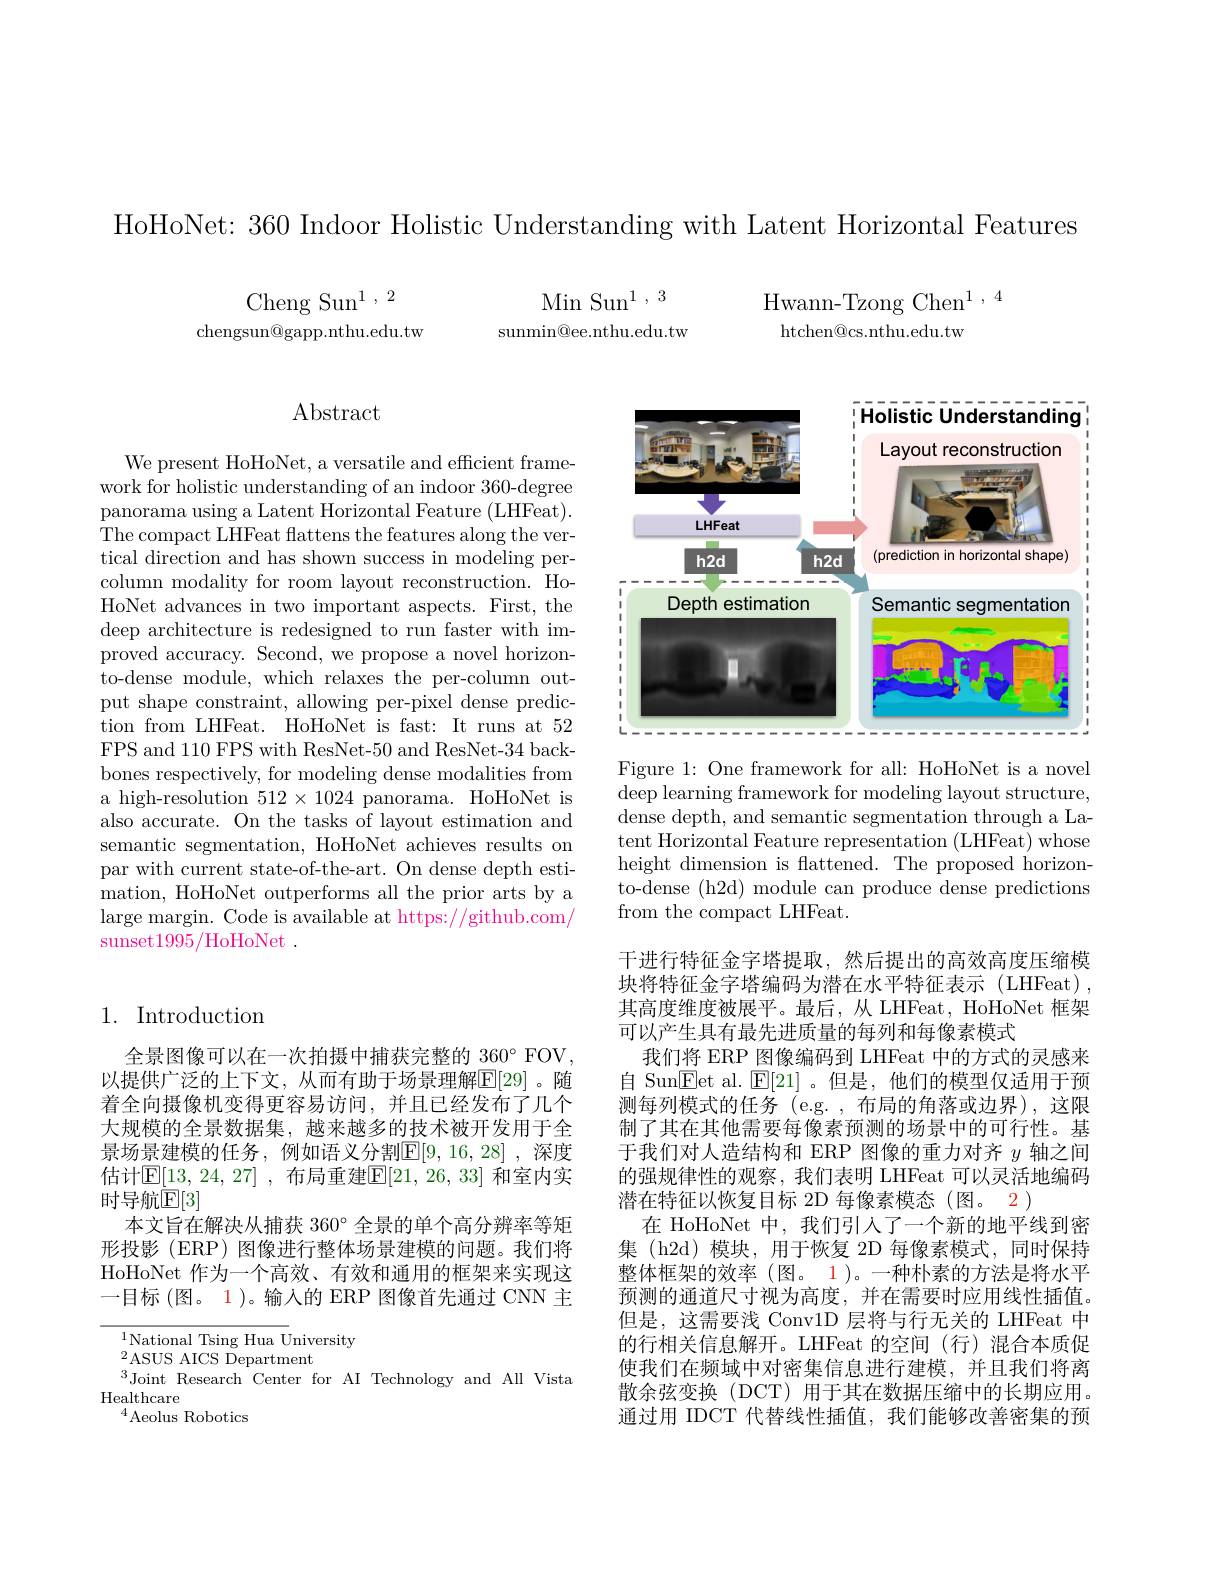
HoHoNet: 360 Indoor Holistic Understanding with Latent Horizontal Features

$\mathrm{Min~Sun}^{1},3$ sunmin@ee.nthu.edu.tw

Cheng Sun$^1,2$
chengsun@gapp.nthu.edu.tw

## 1. Introduction

全景图像可以在一次拍摄中捕获完整的 360° FOV 以提供广泛的上下文，从而有助于场景理解$\boxed{\mathrm{F}}[29]$。随着全向摄像机变得更容易访问，并且已经发布了几个大规模的全景数据集，越来越多的技术被开发用于全景场景建模的任务，例如语义分割$\mathbb{E}[9,16,28]$,深度估计$\mathbb{E}[13,24,27]$ ,布局重建$\mathbb{E}[21,26,33]$ 和室内实时导航$\mathbb{E}[3]$
本文旨在解决从捕获 360°全景的单个高分辨率等矩形投影(ERP)图像进行整体场景建模的问题。我们将HoHoNet 作为一个高效、有效和通用的框架来实现这一目标(图。1)。输入的 ERP 图像首先通过 CNN 主

$^{1}$National Tsing Hua University
$^{2}$ASUS AICS Department
Joint Research Center for AI Technology and All Vista
Healthcare
$^4$Aeolus Robotics

$\operatorname{Abstract}$

We present HoHoNet, a versatile and efficient framework for holistic understanding of an indoor 360-degree panorama using a Latent Horizontal Feature (LHFeat). The compact LHFeat flattens the features along the vertical direction and has shown success in modeling percolumn modality for room layout reconstruction. HoHoNet advances in two important aspects. First, the deep architecture is redesigned to run faster with improved accuracy. Second, we propose a novel horizonto-dense module, which relaxes the per-column output shape constraint, allowing per-pixel dense prediction from LHFeat. HoHoNet is fast: It runs at 52 FPS and 110 FPS with ResNet-50 and ResNet-34 backbones respectively, for modeling dense modalities from a high-resolution $512\times1024$ panorama. HoHoNet is also accurate. On the tasks of layout estimation and semantic segmentation, HoHoNet achieves results on par with current state-of-the-art. On dense depth estimation, HoHoNet outperforms all the prior arts by a large margin. Code is available at https://github.com/ sunset1995/HoHoNet .

<FigureHere>

Figure 1: One framework for all: HoHoNet is a novel deep learning framework for modeling layout structure, dense depth, and semantic segmentation through a Latent Horizontal Feature representation (LHFeat) whose height dimension is flattened. The proposed horizonto-dense (h2d) module can produce dense predictions from the compact LHFeat.

干进行特征金字塔提取，然后提出的高效高度压缩模块将特征金字塔编码为潜在水平特征表示(LHFeat), 其高度维度被展平。最后，从 LHFeat, HoHoNet 框架可以产生具有最先进质量的每列和每像素模式
我们将 ERP 图像编码到 LHFeat 中的方式的灵感来自 Sun$\overline{\mathrm{E}}$et al.$\boxed{\mathrm{E}}[21]$。但是，他们的模型仅适用于预测每列模式的任务(e.g.,布局的角落或边界),这限制了其在其他需要每像素预测的场景中的可行性。基于我们对人造结构和 ERP 图像的重力对齐$y$轴之间的强规律性的观察，我们表明 LHFeat 可以灵活地编码潜在特征以恢复目标 2D 每像素模态(图。2)
在 HoHoNet 中，我们引人了一个新的地平线到密集 (h2d)模块，用于恢复 2D 每像素模式，同时保持整体框架的效率(图。1)。一种朴素的方法是将水平预测的通道尺寸视为高度，并在需要时应用线性插值。但是，这需要浅 Conv1D 层将与行无关的 LHFeat 中的行相关信息解开。LHFeat 的空间(行)混合本质促使我们在频域中对密集信息进行建模，并且我们将离散余弦变换(DCT)用于其在数据压缩中的长期应用。通过用 IDCT 代替线性插值，我们能够改善密集的预